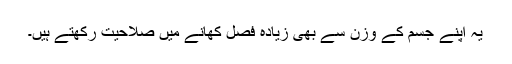
یہ اپنے جسم کے وزن سے بھی زیادہ فصل کھانے میں صلاحیت رکھتے ہیں۔